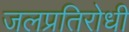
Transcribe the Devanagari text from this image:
जलप्रतिरोधी